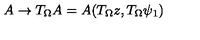
A \rightarrow T _ { \Omega } A = A ( T _ { \Omega } z , T _ { \Omega } \psi _ { 1 } )